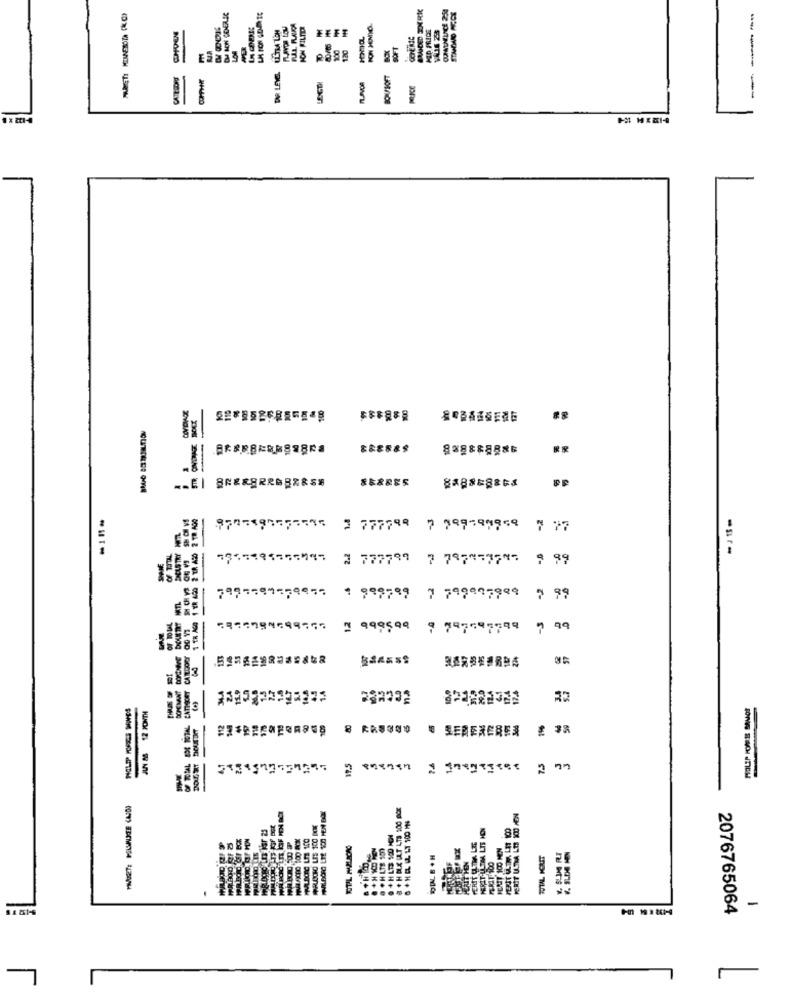
SMIDE ENRIC
ION FILTER
PON JEMIO
120
E22836
DVR LEVEL
# X 21-4
PRBEBERES 8KS
858885
-J13=
3 777798 7 789799969 7 77
-
-
1 999799 7 799997989 9 99
~ 998594
9 797597799 7 99
15.
3
& SERERERER
19.5
CL
+ HELE IAT LTS 300 BOX
+ H LTS 300 POH
TOTAL B + H
FERIT EL
E
-
2076765064